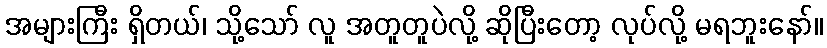
အများကြီး ရှိတယ်၊ သို့သော် လူ အတူတူပဲလို့ ဆိုပြီးတော့ လုပ်လို့ မရဘူးနော်။